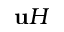
\mathbf { u } H